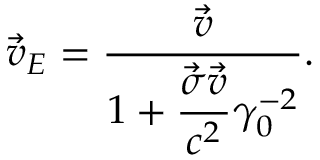
\vec { v } _ { E } = \frac { \vec { v } } { 1 + \displaystyle \frac { \vec { \sigma } \vec { v } } { c ^ { 2 } } \gamma _ { 0 } ^ { - 2 } } .